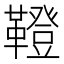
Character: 𩍐